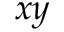
x y